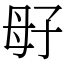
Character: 㝀